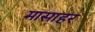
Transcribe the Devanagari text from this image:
मासाहर